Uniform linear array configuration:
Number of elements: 24
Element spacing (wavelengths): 1
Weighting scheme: cosine
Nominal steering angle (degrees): -30
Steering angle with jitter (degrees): -30.033
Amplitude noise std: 0.05
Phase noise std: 0.05

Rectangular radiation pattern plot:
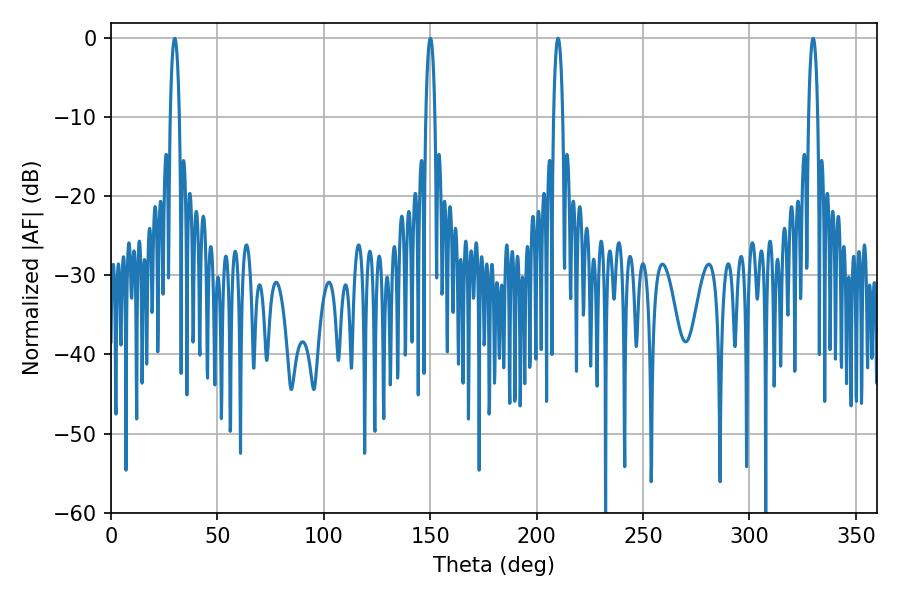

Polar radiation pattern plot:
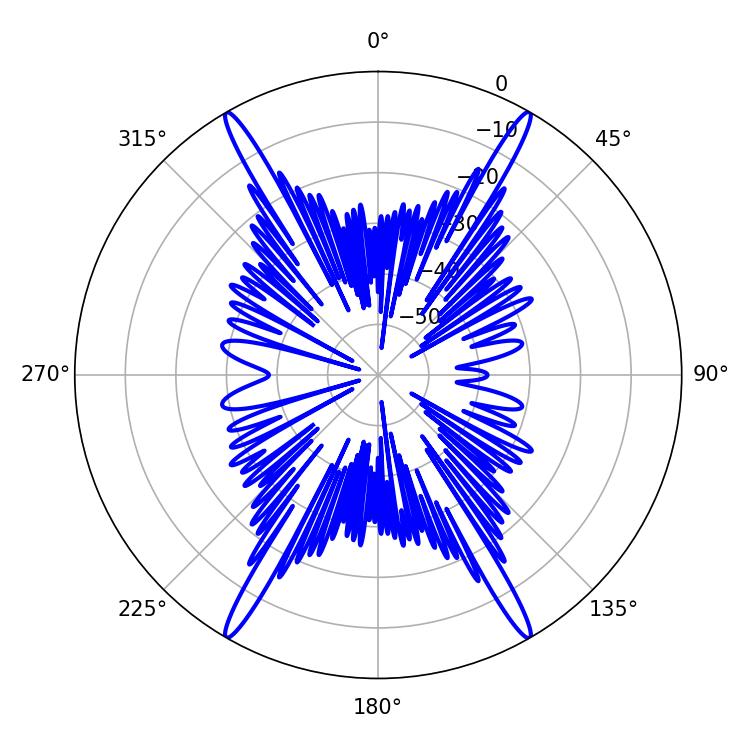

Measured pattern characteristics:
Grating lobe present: TRUE
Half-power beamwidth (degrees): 2.52
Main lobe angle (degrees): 210.06